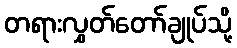
တရားလွှတ်တော်ချုပ်သို့